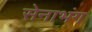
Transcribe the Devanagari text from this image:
सेनाभंग